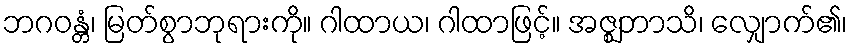
ဘဂဝန္တံ၊ မြတ်စွာဘုရားကို။ ဂါထာယ၊ ဂါထာဖြင့်။ အဇ္ဈဘာသိ၊ လျှောက်၏၊